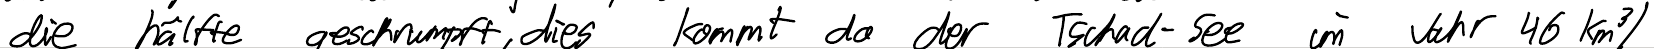
der hälfte geschrumpft, dies kommt da der Tschad-See im Jahr 46km^3 /